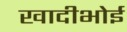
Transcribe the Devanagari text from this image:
खादीभोई